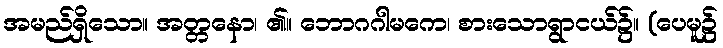
အမည်ရှိသော။ အတ္တနော၊ ၏။ ဘောဂဂါမကေ၊ စားသောရွာငယ်၌။ (ပေမူ၌